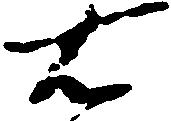
右